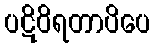
ပဋိဝိရတာပိပေ